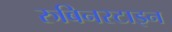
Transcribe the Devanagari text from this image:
रुबिनस्टाइन